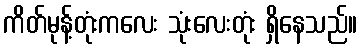
ကိတ်မုန့်တုံးကလေး သုံးလေးတုံး ရှိနေသည်။